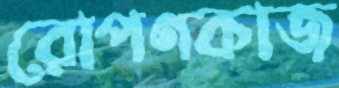
রোপণকাজ